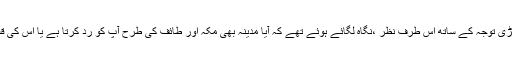
اور آنحضرت صلی اللہ علیہ وسلم بڑی توجہ کے ساتھ اس طرف نظر ،نگاہ لگائے ہوئے تھے کہ آیا مدینہ بھی مکہ اور طائف کی طرح آپ کو ردّ کرتا ہے یا اس کی قسمت دوسرے رنگ میں لکھی ہے۔